Statistical return of the lunatic asylum in Assam - 1912-1932
Year: 1912
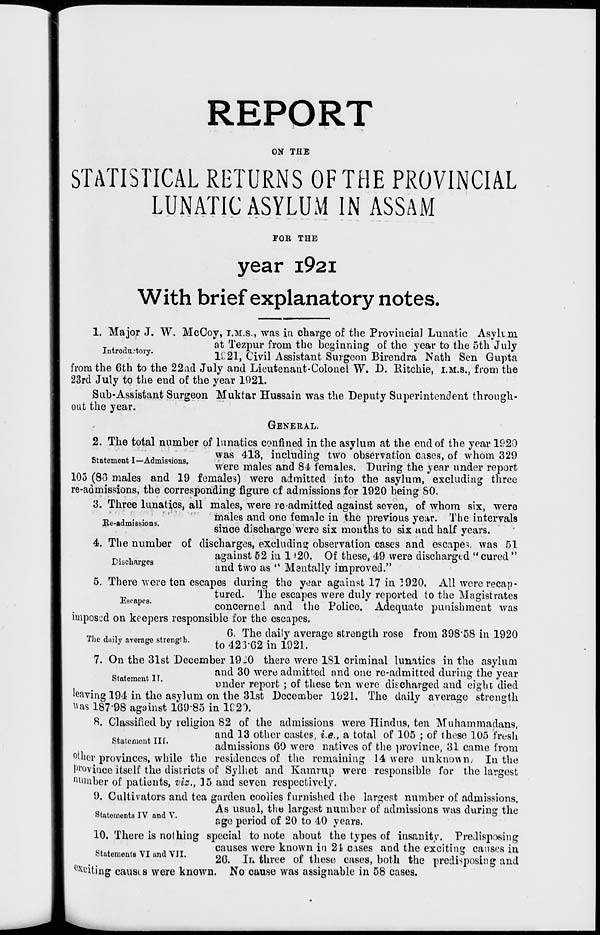
REPORT
ON THE
STATISTICAL RETURNS OF THE PROVINCIAL
LUNATIC ASYLUM IN ASSAM
FOB THE
year i92i
With brief explanatory notes.
1. Major J. W. McCoy, T.M.S., was in charge of the Provincial Lunatic Asyk.m
at Tezpur from the beginning of the year to the 5th July
n ro u. oiy.
1£21, Civil Assistant Surgeon Birendra Nath Sen Gupta
from the 6th to the 22ad July and Lieutenant-Colonel W. D. Ritchie, i.M.s., from the
23rd July to the end of the year 1921.
Sub-Assistant Surgeon Muktar Hussain was the Deputy Superintendent through-
out the year.
GENERAL.
2. The total number of lunatics confined in the asylum at the end of the year 1920
. . ., . .
was 413, including two observation cases, of whom 329
Statement I—Admissions.
,
-i r> . 7-
i
T-W-^I
J
were males and 84 females. During the year under report
105 (83 males and 19 females) were admitted into the asylum, excluding three
re-admissions, the corresponding figure cf admissions for 1920 being 80.
3. Three lunatics, all males, were readmitted against seven, of whom six, were
_ , . .
males and one female in the previous year. The intervals
Ke-admissions.
..
■,. ,
.
it i' "• ■ "i L H
since discharge were six months to six and half years.
4. The number of discharges, excluding observation cases and escapes was 51
against 52 in 1 »20. Of these, 49 were discharged "cured "
1SC arges
and two as " Mentally improved."
5. There were ten escapes during the year against 17 in 1920. All were recap-
tured. The escapes were duly reported to the Magistrates
firapcs '
concerned and the Police. Adequate punishment was
imposed on keepers responsible for the escapes.
„,,...
,
6. The daily average strength rose from 398'58 in 1920
The daaly average streng.h.
^ ^.ft [ n 1Q21.
7. On the 31st December 19-0 there were 181 criminal lunatics in the asylum
and 30 were admitted and one re-admitted during the year
under report ; of these ten were discharged and eight died
leaving 194 in the asylum on the 31st December 1921. The daily average strength
Was 187*98 against 16985 in 1C20.
8. Classified by religion 82 of the admissions were Hindus, ten Muhammadans,
and 13 other castes, i.e., a total of 105 ; of these 105 fresh
admissions GO were natives of the province, 31 came from
other provinces, while the residences of the remaining 14 wore unknown; In the
Province itself the districts of Sylliet and Kamrup were responsible for the largest
number of patients, viz., 15 and seven respectively.
9. Cultivators and tea garden coolies furnished the largest number of admissions.
0l
. __ . _
As usual, the largest number of admissions was during the
statements IV and \.
• j £ OA z A t\
age period ot 20 to 40 years.
10. There is nothing special to note about the types of insanity. Predisposing
B .
TTX
. ___
causes were known in 21 cases and the exciting causes in
statement vi and vii.
2Q
In three of these cases, both the predisposing and
^citing causes were known. No cause was assignable in 58 cases.